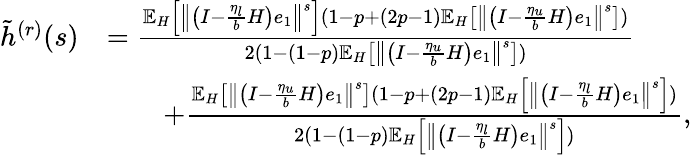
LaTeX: \begin{array}{rl}{\tilde{h}^{(r)}(s)}&{=\frac{\mathbb{E}_{H}\left[\left\Vert\left(I-\frac{\eta_{l}}{b}H\right)e_{1}\right\Vert^{s}\right](1-p+(2p-1)\mathbb{E}_{H}\left[\left\Vert\left(I-\frac{\eta_{u}}{b}H\right)e_{1}\right\Vert^{s}\right])}{2(1-(1-p)\mathbb{E}_{H}\left[\left\Vert\left(I-\frac{\eta_{u}}{b}H\right)e_{1}\right\Vert^{s}\right])}}\\ &{\qquad+\frac{\mathbb{E}_{H}\left[\left\Vert\left(I-\frac{\eta_{u}}{b}H\right)e_{1}\right\Vert^{s}\right](1-p+(2p-1)\mathbb{E}_{H}\left[\left\Vert\left(I-\frac{\eta_{l}}{b}H\right)e_{1}\right\Vert^{s}\right])}{2(1-(1-p)\mathbb{E}_{H}\left[\left\Vert\left(I-\frac{\eta_{l}}{b}H\right)e_{1}\right\Vert^{s}\right])},}\end{array}